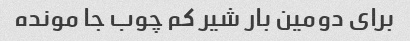
برای دومین بار شیر کم چوب جا مونده